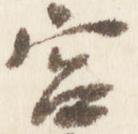
宮